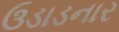
ઉડાડનાર